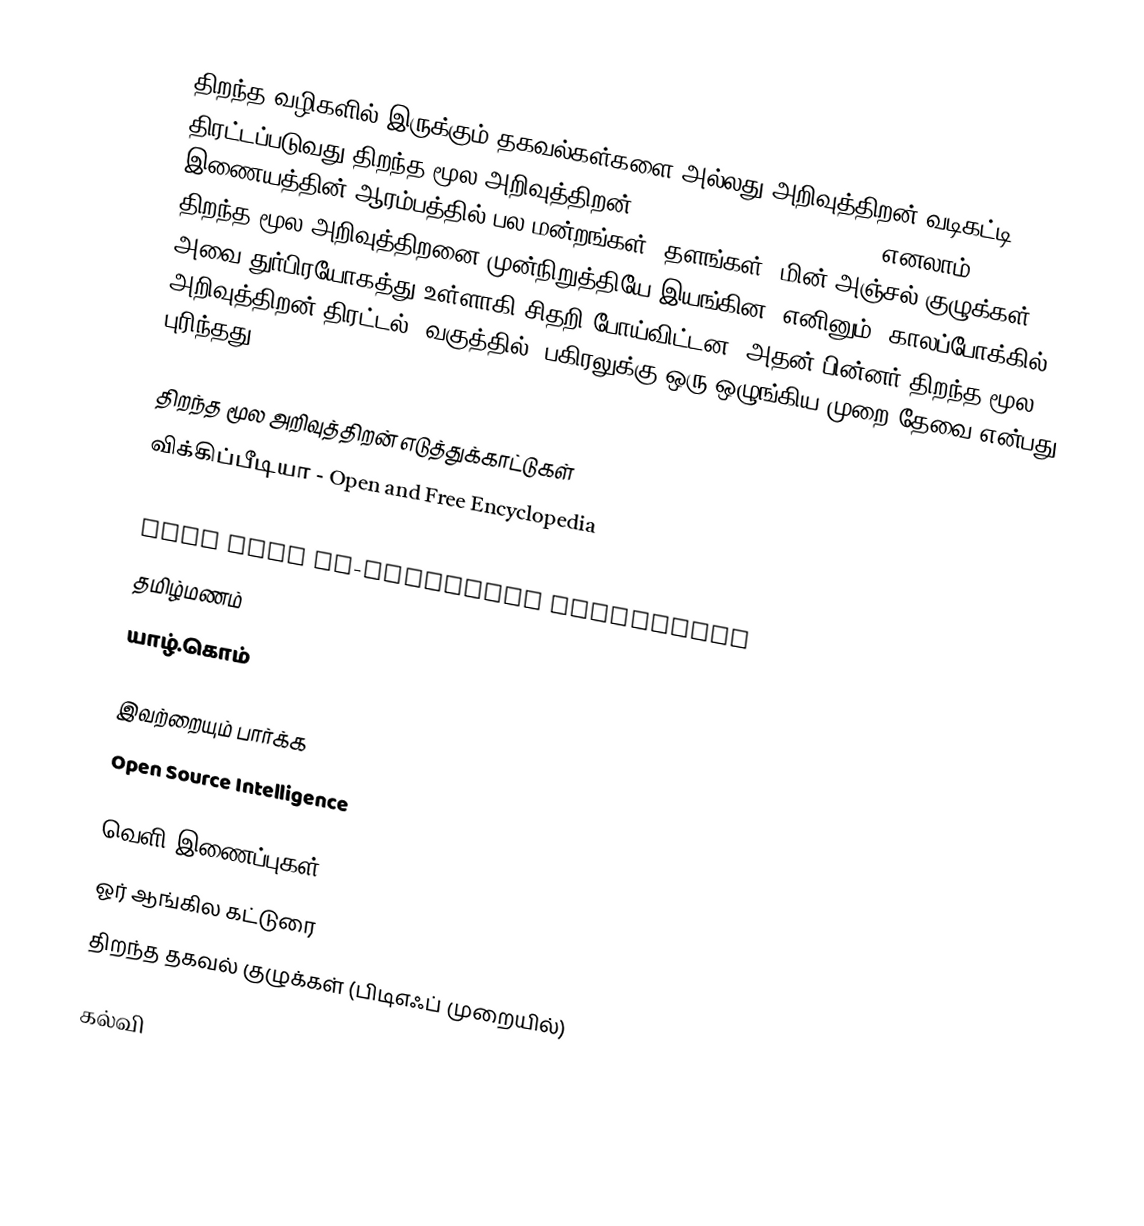
திறந்த வழிகளில் இருக்கும் தகவல்கள்களை அல்லது அறிவுத்திறன் வடிகட்டி திரட்டப்படுவது திறந்த மூல அறிவுத்திறன் (Open Source Intelligence) எனலாம்.  இணையத்தின் ஆரம்பத்தில் பல மன்றங்கள், தளங்கள், மின் அஞ்சல் குழுக்கள் திறந்த மூல அறிவுத்திறனை முன்நிறுத்தியே இயங்கின.  எனினும், காலப்போக்கில் அவை துர்பிரயோகத்து உள்ளாகி சிதறி போய்விட்டன.  அதன் பின்னர் திறந்த மூல அறிவுத்திறன் திரட்டல், வகுத்தில், பகிரலுக்கு ஒரு ஒழுங்கிய முறை தேவை என்பது புரிந்தது.

திறந்த மூல அறிவுத்திறன் எடுத்துக்காட்டுகள்
 விக்கிப்பீடியா - Open and Free Encyclopedia
 Slashdot - technical news community (commercial)
 SPIP free co-operative publishing
 தமிழ்மணம்
 யாழ்.கொம்

இவற்றையும் பார்க்க
 Open Source Intelligence

வெளி இணைப்புகள்
 ஓர் ஆங்கில கட்டுரை
 திறந்த தகவல் குழுக்கள் (பிடிஎஃப் முறையில்)

கல்வி